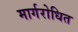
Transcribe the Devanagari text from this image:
मार्गरोधित